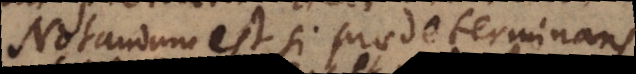
Notandum est si praedeterminans